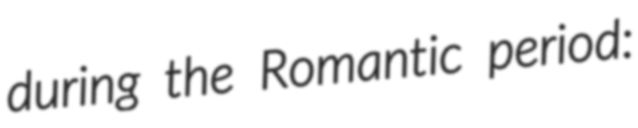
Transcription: during the Romantic period: